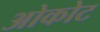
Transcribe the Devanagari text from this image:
ओकोट